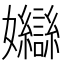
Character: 𡤣